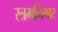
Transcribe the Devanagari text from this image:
स्त्रमनिंगार